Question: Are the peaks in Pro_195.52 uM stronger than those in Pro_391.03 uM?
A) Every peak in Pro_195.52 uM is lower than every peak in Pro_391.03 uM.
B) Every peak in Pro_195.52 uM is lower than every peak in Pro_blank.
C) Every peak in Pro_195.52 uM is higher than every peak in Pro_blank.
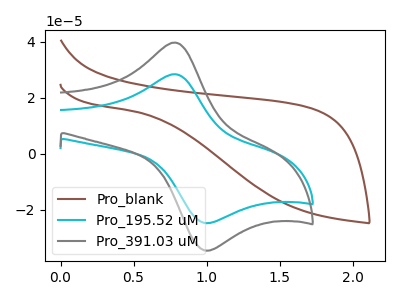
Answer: <think>The brown curve "Pro_blank" has no peaks. The cyan curve "Pro_195.52 uM" has an anodic peak at (0.80V, 28.40uA) and a cathodic peak at (1.00V, -24.60uA). The gray curve "Pro_391.03 uM" has an anodic peak at (0.80V, 39.70uA) and a cathodic peak at (1.00V, -34.35uA).</think>
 <answer>A) Every peak in "Pro_195.52 uM" is lower than every peak in "Pro_391.03 uM".</answer>
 <eval>A</eval>